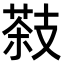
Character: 𦷨